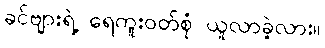
ခင်ဗျားရဲ့ ရေကူးဝတ်စုံ ယူလာခဲ့လား။